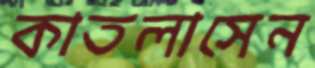
কাতলাসেন